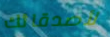
لأصدقائك